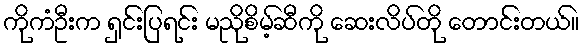
ကိုကံဦးက ရှင်းပြရင်း မညိုစိမ့်ဆီကို ဆေးလိပ်တို တောင်းတယ်။